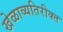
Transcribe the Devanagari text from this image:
खेळाव्यतिरीक्त